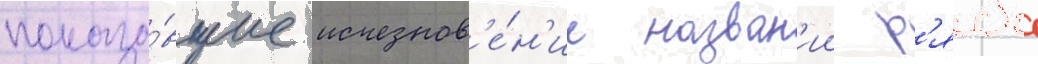
показа́вшие исчезнов'е́н'ие назван'ии р'яда